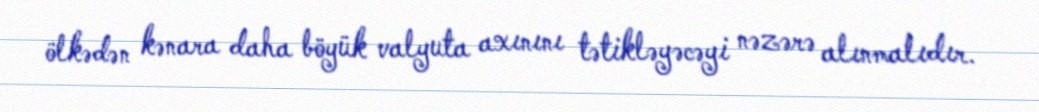
ölkədən kənara daha böyük valyuta axınını tətikləyəcəyi nəzərə alınmalıdır.